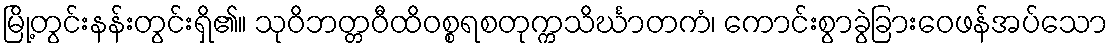
မြို့တွင်းနန်းတွင်းရှိ၏။ သုဝိဘတ္တဝီထိဝစ္စရစတုက္ကသိင်္ဃာတကံ၊ ကောင်းစွာခွဲခြားဝေဖန်အပ်သော